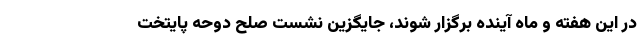
در این هفته و ماه آینده برگزار شوند، جایگزین نشست صلح دوحه پایتخت